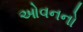
ઓવનનો